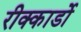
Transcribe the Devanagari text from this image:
रीक्कार्डो